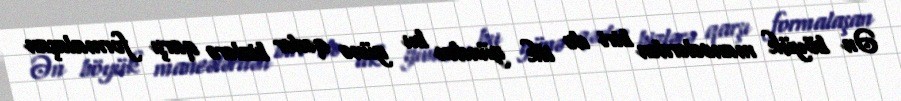
Ən böyük maneələrdən biri də ilk gündən bu günə qədər bizlərə qarşı formalaşan